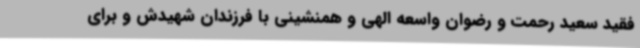
فقید سعید رحمت و رضوان واسعه الهی و همنشینی با فرزندان شهیدش و برای